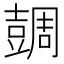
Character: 𧯼